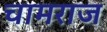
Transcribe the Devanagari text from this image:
चामराज